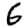
Digit: 6